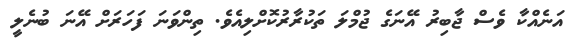
އަނެއްކާ ވެސް ޖާބިރު އޭނަގެ ޖުމްލަ ތަކުރާރުކޮށްލިއެވެ. ތިންވަނަ ފަހަރަށް އޭނަ ބުނެލީ